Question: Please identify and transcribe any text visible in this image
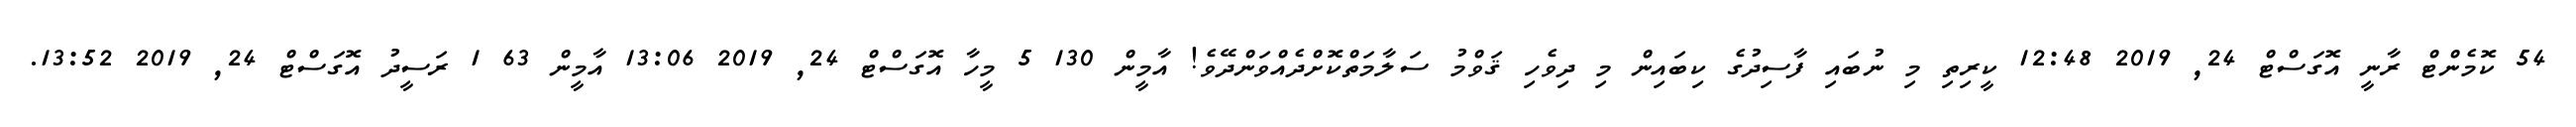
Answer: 54 ކޮމެންޓް ރާނީ އޮގަސްޓް 24, 2019 12:48 ކީރިތި މި ނުބައި ފާސިދުގެ ކިބައިން މި ދިވެހި ޤަވްމު ސަލާމަތްކޮށްދެއްވަންދޭވެ! އާމީން 130 5 މީހާ އޮގަސްޓް 24, 2019 13:06 އާމީން 63 1 ރަސީދު އޮގަސްޓް 24, 2019 13:52.